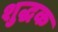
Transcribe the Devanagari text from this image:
शुद्धक